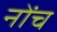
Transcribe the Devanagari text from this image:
नोंच